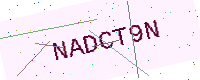
Text: NADCT9N